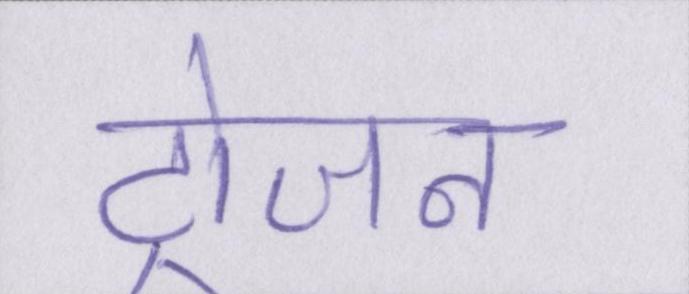
ट्रोजन